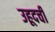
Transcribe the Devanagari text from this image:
उहूदची